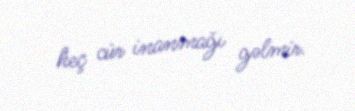
heç cür inanmağı gəlmir.